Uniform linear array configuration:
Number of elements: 32
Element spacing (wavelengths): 0.25
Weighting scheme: hamming
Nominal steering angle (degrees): -60
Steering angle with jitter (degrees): -60.947
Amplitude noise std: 0.05
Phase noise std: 0.05

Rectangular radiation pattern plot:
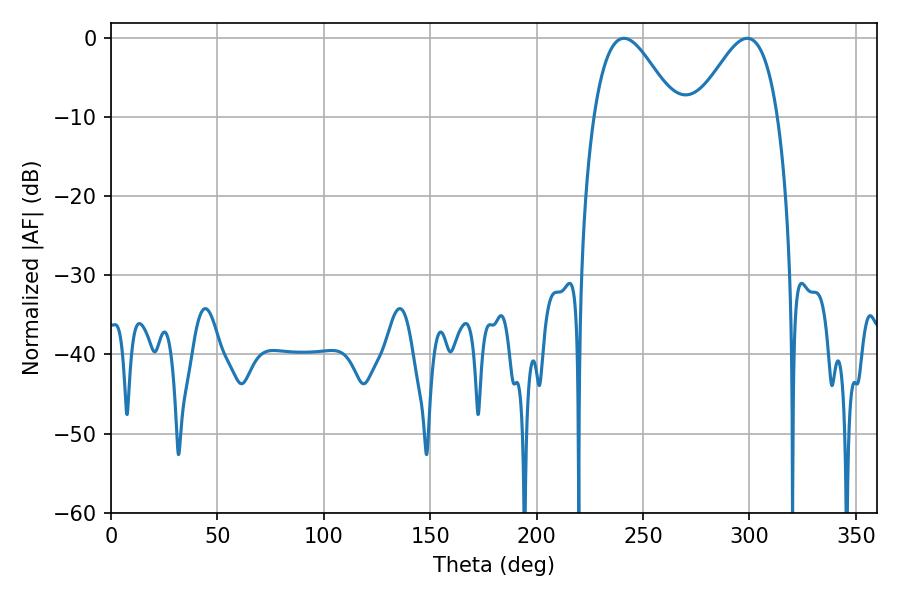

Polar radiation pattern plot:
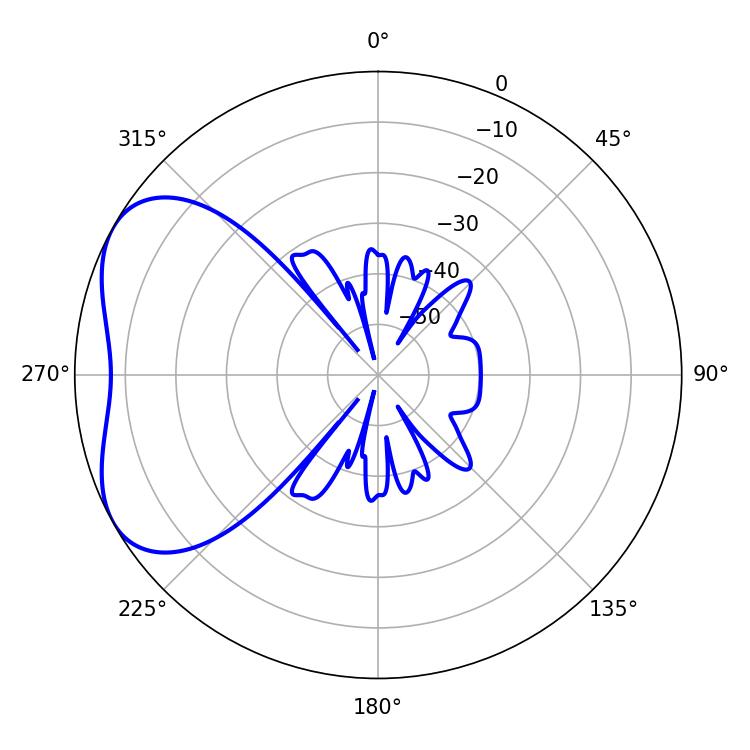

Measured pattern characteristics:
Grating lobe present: FALSE
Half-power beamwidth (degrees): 20.52
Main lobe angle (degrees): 241.02